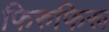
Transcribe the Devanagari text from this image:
फिरुफिरू